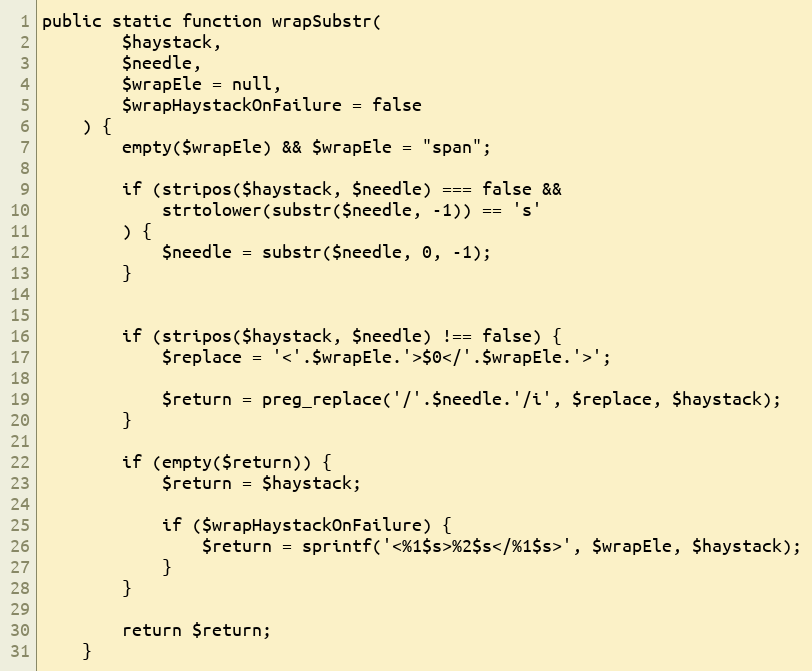
Language: PHP
public static function wrapSubstr(
        $haystack,
        $needle,
        $wrapEle = null,
        $wrapHaystackOnFailure = false
    ) {
        empty($wrapEle) && $wrapEle = "span";

        if (stripos($haystack, $needle) === false &&
            strtolower(substr($needle, -1)) == 's'
        ) {
            $needle = substr($needle, 0, -1);
        }

        if (stripos($haystack, $needle) !== false) {
            $replace = '<'.$wrapEle.'>$0</'.$wrapEle.'>';

            $return = preg_replace('/'.$needle.'/i', $replace, $haystack);
        }

        if (empty($return)) {
            $return = $haystack;

            if ($wrapHaystackOnFailure) {
                $return = sprintf('<%1$s>%2$s</%1$s>', $wrapEle, $haystack);
            }
        }

        return $return;
    }